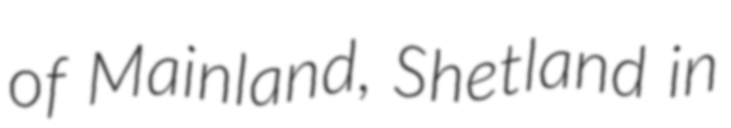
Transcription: of Mainland, Shetland in